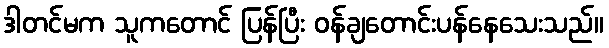
ဒါတင်မက သူကတောင် ပြန်ပြီး ဝန်ချတောင်းပန်နေသေးသည်။